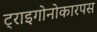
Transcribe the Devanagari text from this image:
ट्राइगोनोकारपस